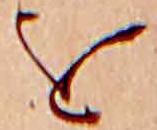
を